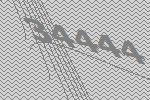
34444